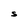
Character: S